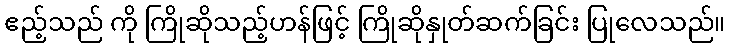
ဧည့်သည် ကို ကြိုဆိုသည့်ဟန်ဖြင့် ကြိုဆိုနှုတ်ဆက်ခြင်း ပြုလေသည်။